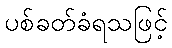
ပစ်ခတ်ခံရသဖြင့်